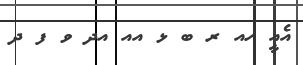
އެއީ ހއ ރ ބ ޅ އއ އދ ވ ފ ދ